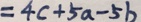
= 4 c + 5 a - 5 b